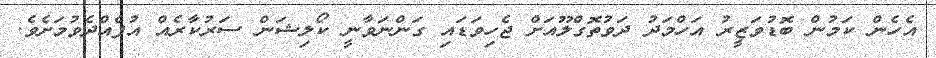
އެހެން ކަމުން ބޮޑުވަޒީރު އަހްމަދު ދަވުތޮގްލޫއަށް ޖެހިވަޑައި ގަންނަވާނީ ކޯލިޝަން ސަރުކާރެއް އުފެއްދެވުމަށެވެ.